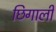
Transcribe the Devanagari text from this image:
छिगाली